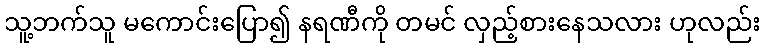
သူ့ဘက်သူ မကောင်းပြော၍ နရဏီကို တမင် လှည့်စားနေသလား ဟုလည်း